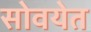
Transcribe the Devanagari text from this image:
सोवयेत